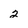
Character: 2